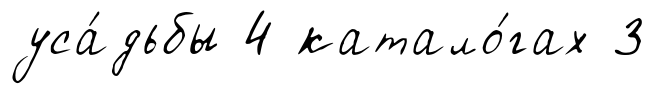
уса́дьбы 4 катало́гах 3